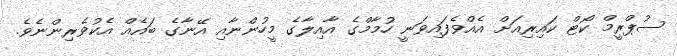
ސުޕްރީމް ކޯޓް ކައިރިއަށް އެއްވެފައިވަނީ ހުމާމްގެ އާއިލާގެ މީހުންނާއި އޭނާގެ ބައެއް އެކުވެރިންނެވެ.